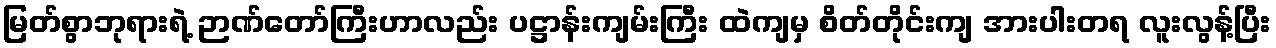
မြတ်စွာဘုရားရဲ့ ဉာဏ်တော်ကြီးဟာလည်း ပဋ္ဌာန်းကျမ်းကြီး ထဲကျမှ စိတ်တိုင်းကျ အားပါးတရ လူးလွန့်ပြီး